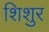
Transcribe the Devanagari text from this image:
शिशुर